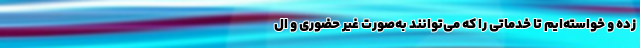
زده و خواسته‌ایم تا خدماتی را که می‌توانند به‌صورت غیر حضوری و ال